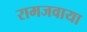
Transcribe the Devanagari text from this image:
रामजवाया